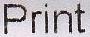
PRINT